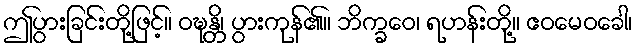
ဤပွားခြင်းတို့ဖြင့်။ ဝဍ္ဎန္တိ၊ ပွားကုန်၏။ ဘိက္ခဝေ၊ ရဟန်းတို့။ ဧဝမေဝခေါ၊